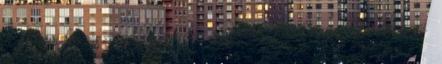
a Merci finanszírozza,és erre egy öreg jugot engedtek idehozni